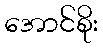
အောင်စိုး